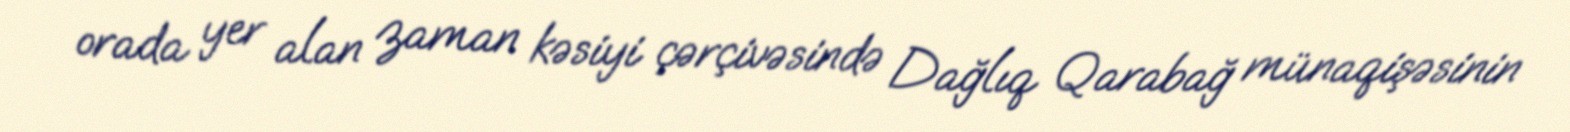
orada yer alan zaman kəsiyi çərçivəsində Dağlıq Qarabağ münaqişəsinin